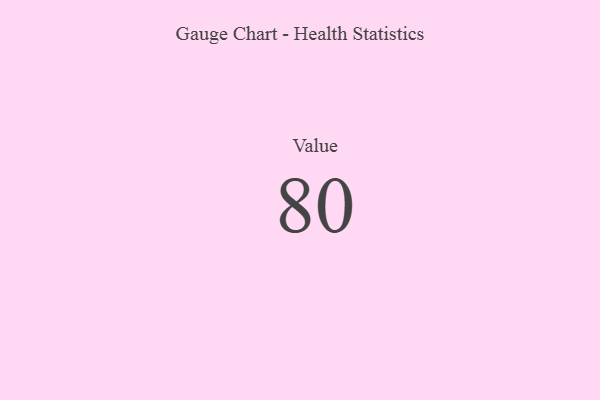
{"axis": {"x": "Metric", "y": "Value"}, "legend": [""], "data": [{"x": "Value", "y": 80, "type": ""}]}